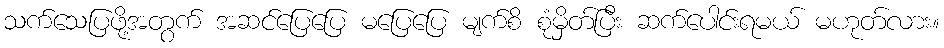
သက်သေပြဖို့အတွက် အဆင်ပြေပြေ မပြေပြေ မျက်စိ စုံမှိတ်ပြီး ဆက်ပေါင်းရမယ် မဟုတ်လား။